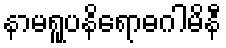
နာမရူပနိရောဓဂါမိနီ